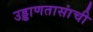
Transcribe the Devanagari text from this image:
उड्डाणतासांची